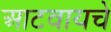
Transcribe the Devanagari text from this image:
आटवायचे